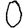
Digit: 0